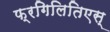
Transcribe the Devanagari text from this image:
फ्रगिलितिएस्